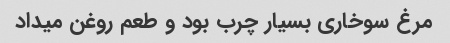
مرغ سوخاری بسیار چرب بود و طعم روغن میداد